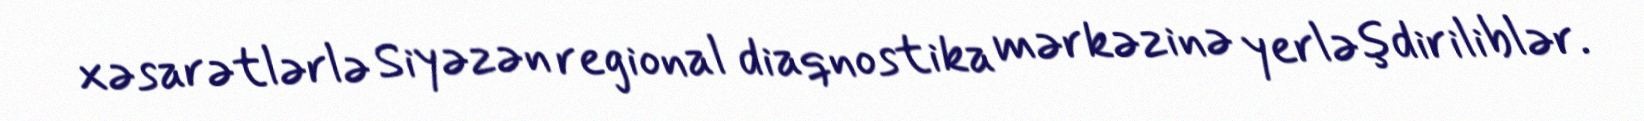
xəsarətlərlə Siyəzən regional diaqnostika mərkəzinə yerləşdiriliblər.